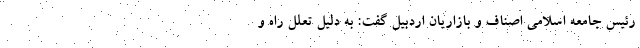
رئیس جامعه اسلامی اصناف و بازاریان اردبیل گفت: به دلیل تعلل راه و